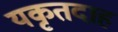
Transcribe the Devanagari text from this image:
यकृतदाह